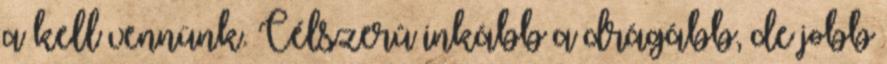
a kell vennünk. Célszerû inkább a drágább, de jobb